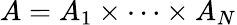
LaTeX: A=A_{1}\times\cdots\times A_{N}